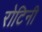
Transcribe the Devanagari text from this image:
रोटिनी